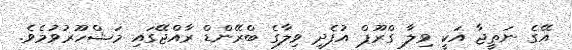
އޭގެ ނަތީޖާ އަކީ ވިލާ ގްރޫޕް އުފެދި ވިލާގެ ބްރޭންޑް ރާއްޖޭގައި މަޝްހޫރުވުމެވެ.